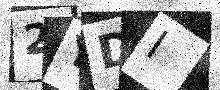
Text: 2YDI